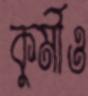
কুর্মীও